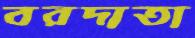
বরদাতা